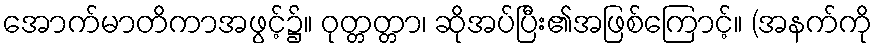
အောက်မာတိကာအဖွင့်၌။ ဝုတ္တတ္တာ၊ ဆိုအပ်ပြီး၏အဖြစ်ကြောင့်။ (အနက်ကို